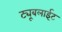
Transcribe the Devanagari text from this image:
ट्यूबलाईट